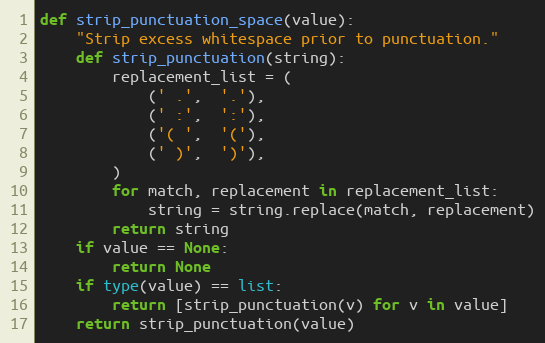
Language: Python
def strip_punctuation_space(value):
    "Strip excess whitespace prior to punctuation."
    def strip_punctuation(string):
        replacement_list = (
            (' .',  '.'),
            (' :',  ':'),
            ('( ',  '('),
            (' )',  ')'),
        )
        for match, replacement in replacement_list:
            string = string.replace(match, replacement)
        return string
    if value == None:
        return None
    if type(value) == list:
        return [strip_punctuation(v) for v in value]
    return strip_punctuation(value)